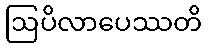
ဩပိလာပေဿတိ